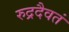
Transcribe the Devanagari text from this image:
रुद्रदैवतं